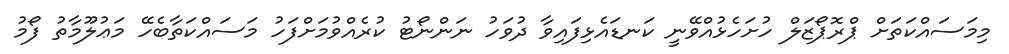
މިމަސައްކަތަށް ޕްރޮޕޯޒަލް ހުށަހެޅުއްވޭނީ ކަނޑައެޅިފައިވާ ދުވަހު ނަންނޯޓު ކުރެއްވުމަށްފަހު މަސައްކަތާބެހޭ މަޢުލޫމާތު ފޯމު